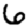
Digit: 6